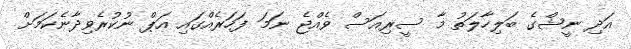
އަދި ނީޝްގެ ބަލިހާލަތު މާ ސީރިއަސް ވެއްޖެ ނަމަ ފަހަރެއްގައި އަޕް ނުކުރެވިދާނެކަމަށް